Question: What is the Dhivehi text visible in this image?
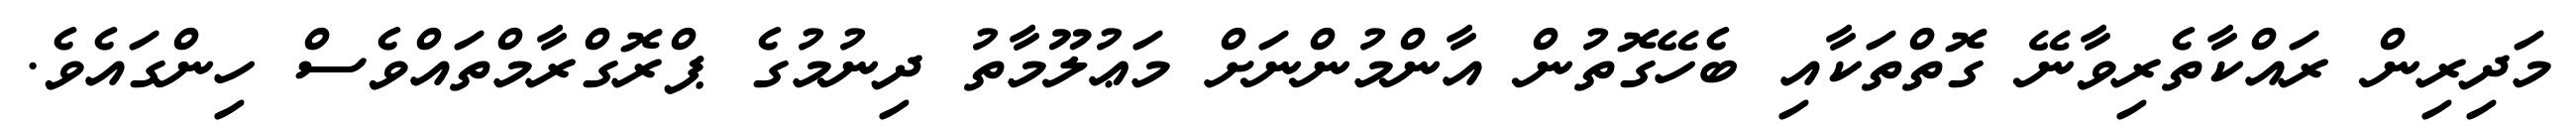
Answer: މަދިރިން ރައްކާތެރިވާނޭ ގޮތްތަކާއި ބެހޭގޮތުން އާންމުންނަށް މަޢުލޫމާތު ދިނުމުގެ ޕްރޮގްރާމްތައްވެސް ހިންގައެވެ.